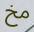
مخ